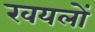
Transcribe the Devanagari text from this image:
खयलों